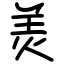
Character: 羙